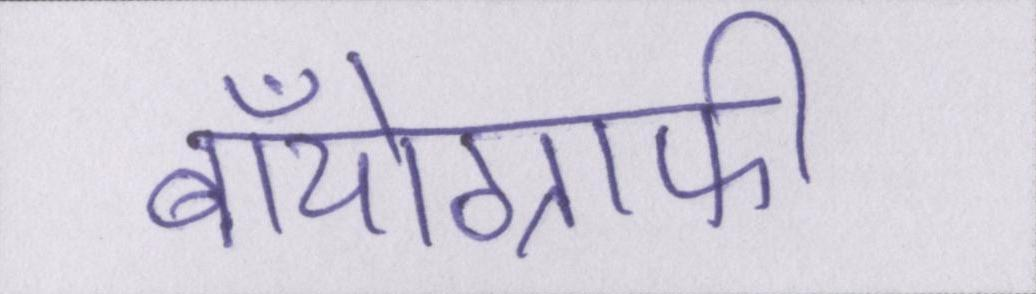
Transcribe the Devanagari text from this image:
बॉयोग्राफी